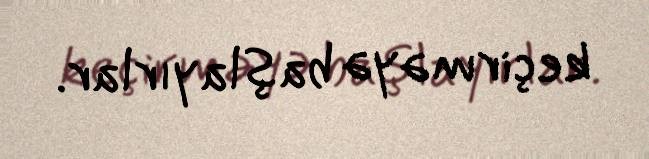
keçirməyə başlayırlar.